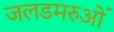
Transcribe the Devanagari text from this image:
जलडमरुओं